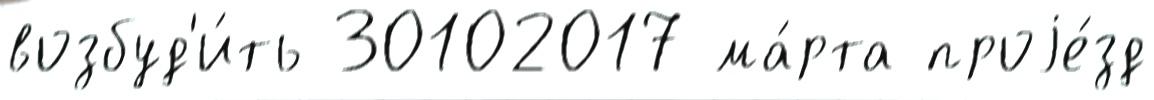
возбуд'и́ть 30102017 ма́рта проjе́зд